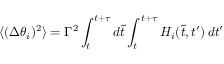
\langle ( \Delta \theta _ { i } ) ^ { 2 } \rangle = \Gamma ^ { 2 } \int _ { t } ^ { t + \tau } d \tilde { t } \int _ { t } ^ { t + \tau } H _ { i } ( \tilde { t } , t ^ { \prime } ) \, d t ^ { \prime }